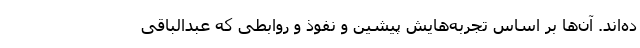
ده‌اند. آن‌ها بر اساس تجربه‌هایش پیشین و نفوذ و روابطی که عبدالباقی